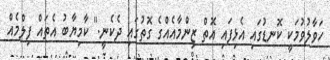
ހަވާލުވުމަކީ ކޮނޑުގައި އެޅިފައި އޮތް ޒިންމާއެއްގެ ގޮތުގައި ދެކެނީ." ކާމިޔާބު އެތައް ފިލްމެއް